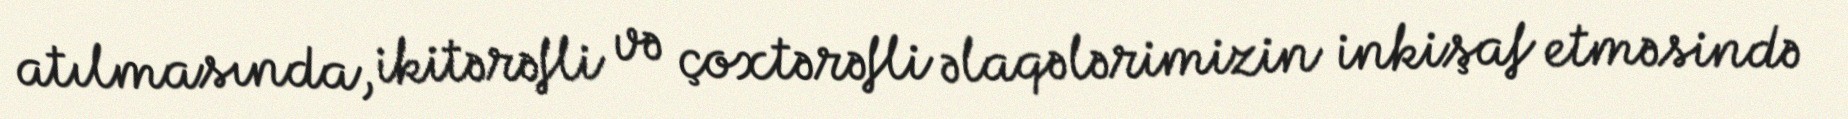
atılmasında, ikitərəfli və çoxtərəfli əlaqələrimizin inkişaf etməsində